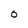
Character: 0